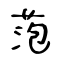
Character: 萢